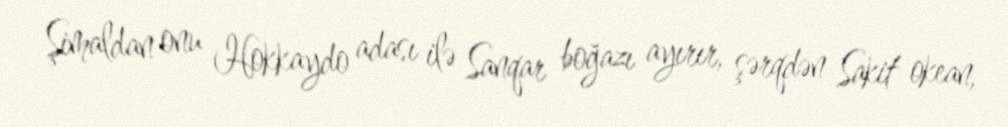
Şimaldan onu Hokkaydo adası ilə Sanqar boğazı ayırır, şərqdən Sakit okean,